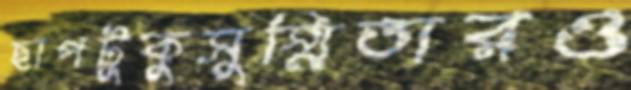
ছাপটুকুসুস্মিতারও